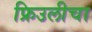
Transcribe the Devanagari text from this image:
फ्रिउलीचा